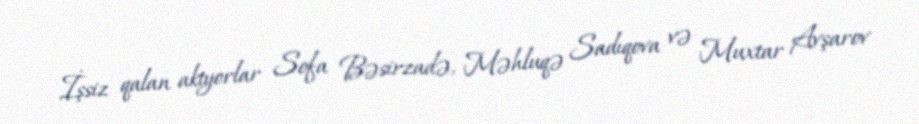
İşsiz qalan aktyorlar Sofa Bəsirzadə, Məhluqə Sadıqova və Muxtar Avşarov